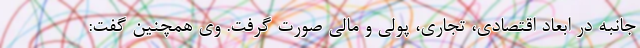
جانبه در ابعاد اقتصادی، تجاری، پولی و مالی صورت گرفت. وی همچنین گفت: